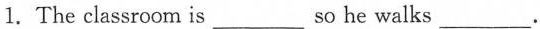
1. The classroom is___so he walks ___.